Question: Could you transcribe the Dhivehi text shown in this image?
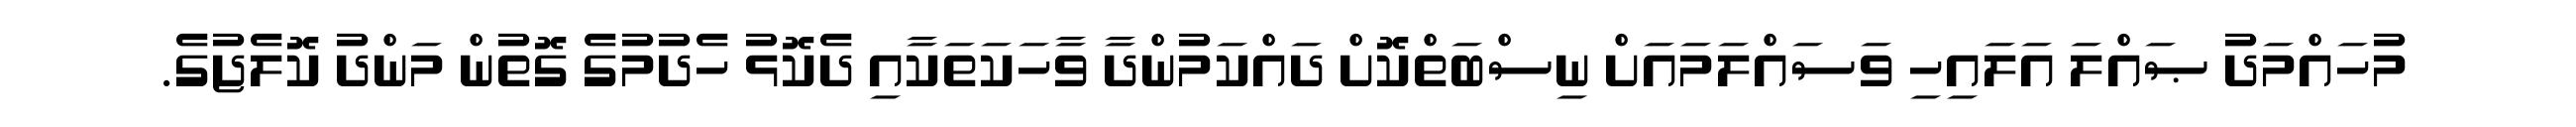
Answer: މުހައްމަދު ޞައްލަ އަލައިހި ވަސައްލަމައަށް ނިސްބަތްކޮށް ދައްކަމުންދާ ވާހަކަތަކާއި ދެކޮޅު ހެދުމުގެ ގޮތުން މަންދު ކޮލެޖުގެ.